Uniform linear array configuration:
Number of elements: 32
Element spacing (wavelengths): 1
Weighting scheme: kaiser
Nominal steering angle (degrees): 60
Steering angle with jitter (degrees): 60.612
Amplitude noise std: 0.05
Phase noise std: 0.05

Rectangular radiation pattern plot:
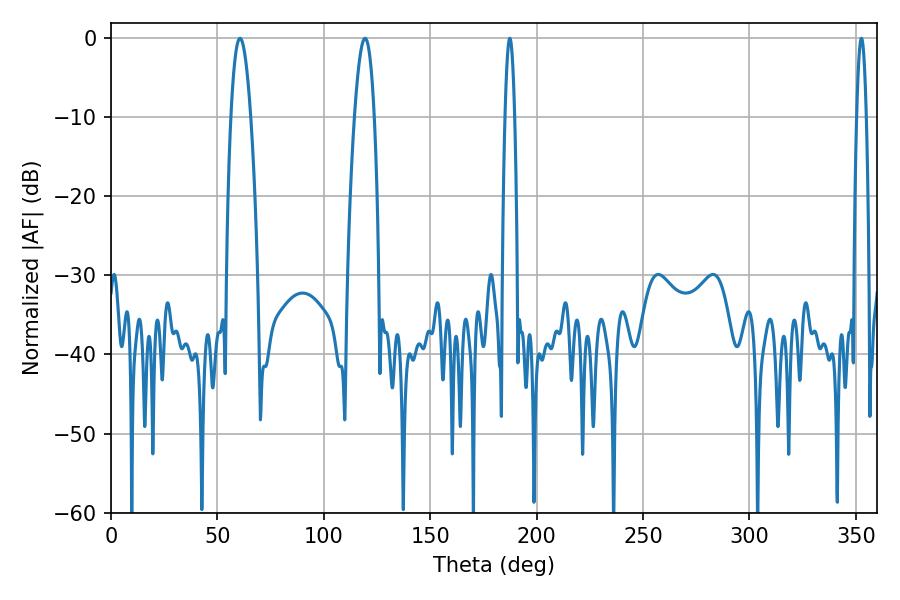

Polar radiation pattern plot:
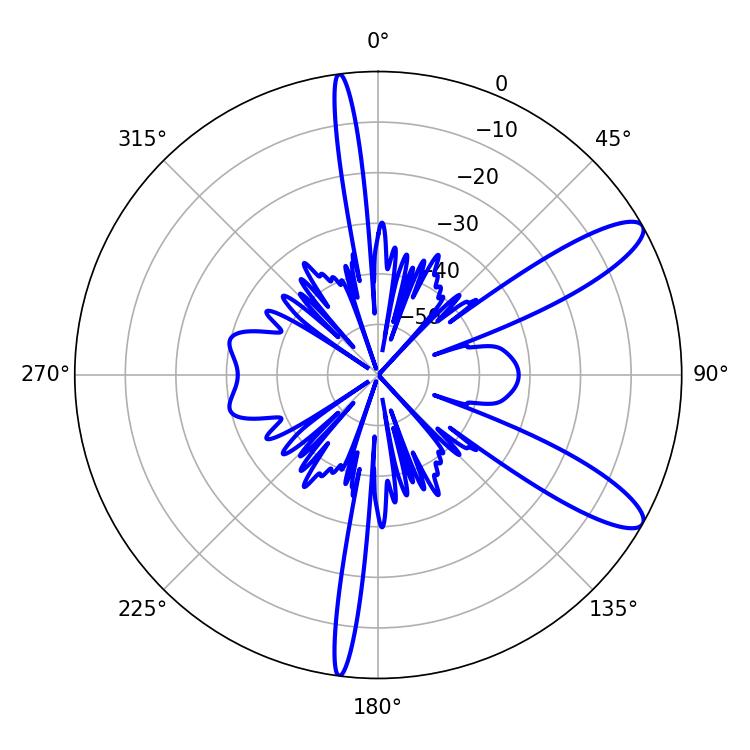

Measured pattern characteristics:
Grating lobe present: TRUE
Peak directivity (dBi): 11.077
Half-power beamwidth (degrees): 2.52
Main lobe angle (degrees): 352.62